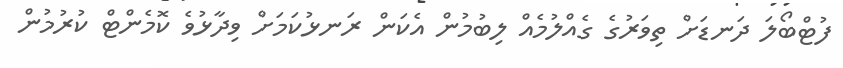
ފުޓްބޯލަ ދަނޑަށް ތިވަރުގެ ގެއްލުމެއް ލިބުމުން އެކަން ރަނޅުކަމަށް ވިދާޅުވެ ކޮމެންޓް ކުރުމުން